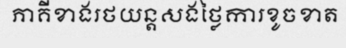
ភាគីខាងរថយន្តសងថ្លៃការខូចខាត